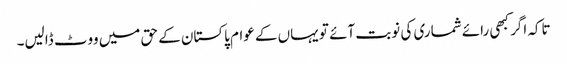
تاکہ اگر کبھی رائے شماری کی نوبت آئے تو یہاں کے عوام پاکستان کے حق میں ووٹ ڈالیں۔